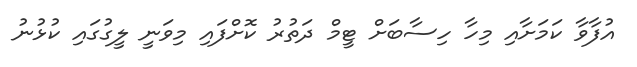
އުފާވާ ކަަމަށާއި މިހާ ހިސާބަށް ޓީމް ދަތުރު ކޮށްފައި މިވަނީ ލީގުގައި ކުޅުނު